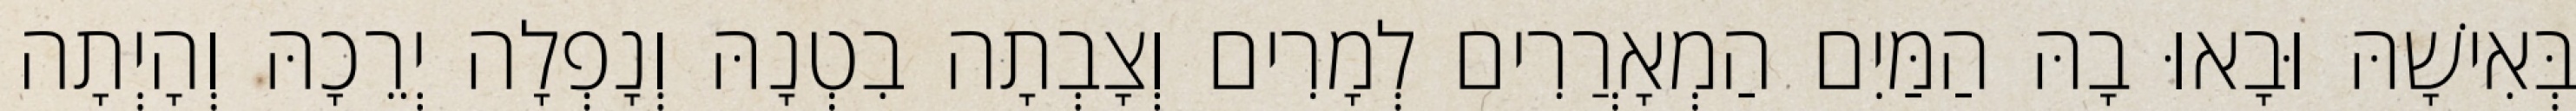
בְּאִישָׁהּ וּבָאוּ בָהּ הַמַּיִם הַמְאָרֲרִים לְמָרִים וְצָבְתָה בִטְנָהּ וְנָפְלָה יְרֵכָהּ וְהָיְתָה